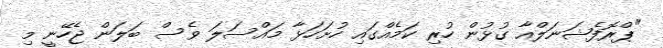
"ޕްރޮފެޝަނަލްއާ ގުޅުން ހުރި ކަމެއްގައި ހުށަހަޅާ މައްސަލަ ވެސް ބަލަން ޖެހޭނީ މި